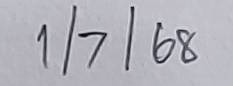
1/7/68